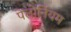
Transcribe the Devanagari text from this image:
पेलोर्नियम